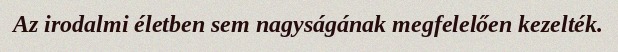
Az irodalmi életben sem nagyságának megfelelően kezelték.